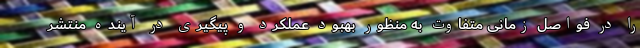
را در فواصل زمانی متفاوت به منظور بهبود عملکرد و پیگیری در آینده منتشر